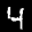
Label: 4